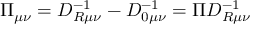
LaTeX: \Pi _ { \mu \nu } = D _ { R \mu \nu } ^ { - 1 } - D _ { 0 \mu \nu } ^ { - 1 } = \Pi D _ { R \mu \nu } ^ { - 1 }